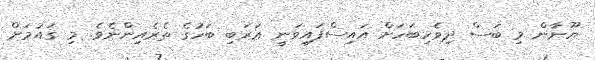
ޔޫނާން މި ބަސް ދިވެހިބަހަށް އައިސްފައިވަނީ ޢަރަބި ބަހުގެ ތެރެއިންނެވެ. މި ޤައުމަށް